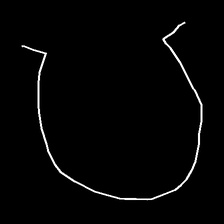
Glyph: weave